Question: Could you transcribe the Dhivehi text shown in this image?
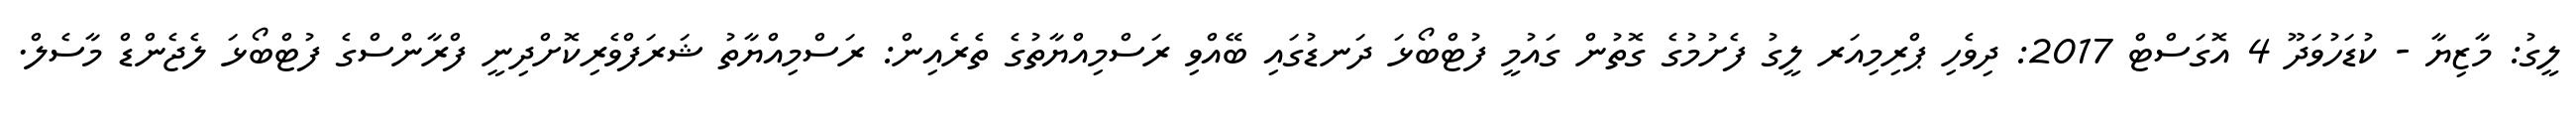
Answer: ލީގު: މާޒިޔާ - ކުޑަހުވަދޫ 4 އޮގަސްޓް 2017: ދިވެހި ޕްރިމިއަރ ލީގު ފެށުމުގެ ގޮތުން ގައުމީ ފުޓްބޯޅަ ދަނޑުގައި ބޭއްވި ރަސްމިއްޔާތުގެ ތެރެއިން: ރަސްމިއްޔާތު ޝަރަފްވެރިކޮށްދިނީ ފްރާންސްގެ ފުޓްބޯޅަ ލެޖެންޑް މާސެލް.